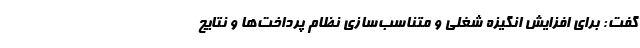
گفت: برای افزایش انگیزه شغلی و متناسب‌سازی نظام پرداخت‌ها و نتایج